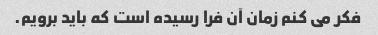
فکر می کنم زمان آن فرا رسیده است که باید برویم.